Magi,_Artur, lk 177
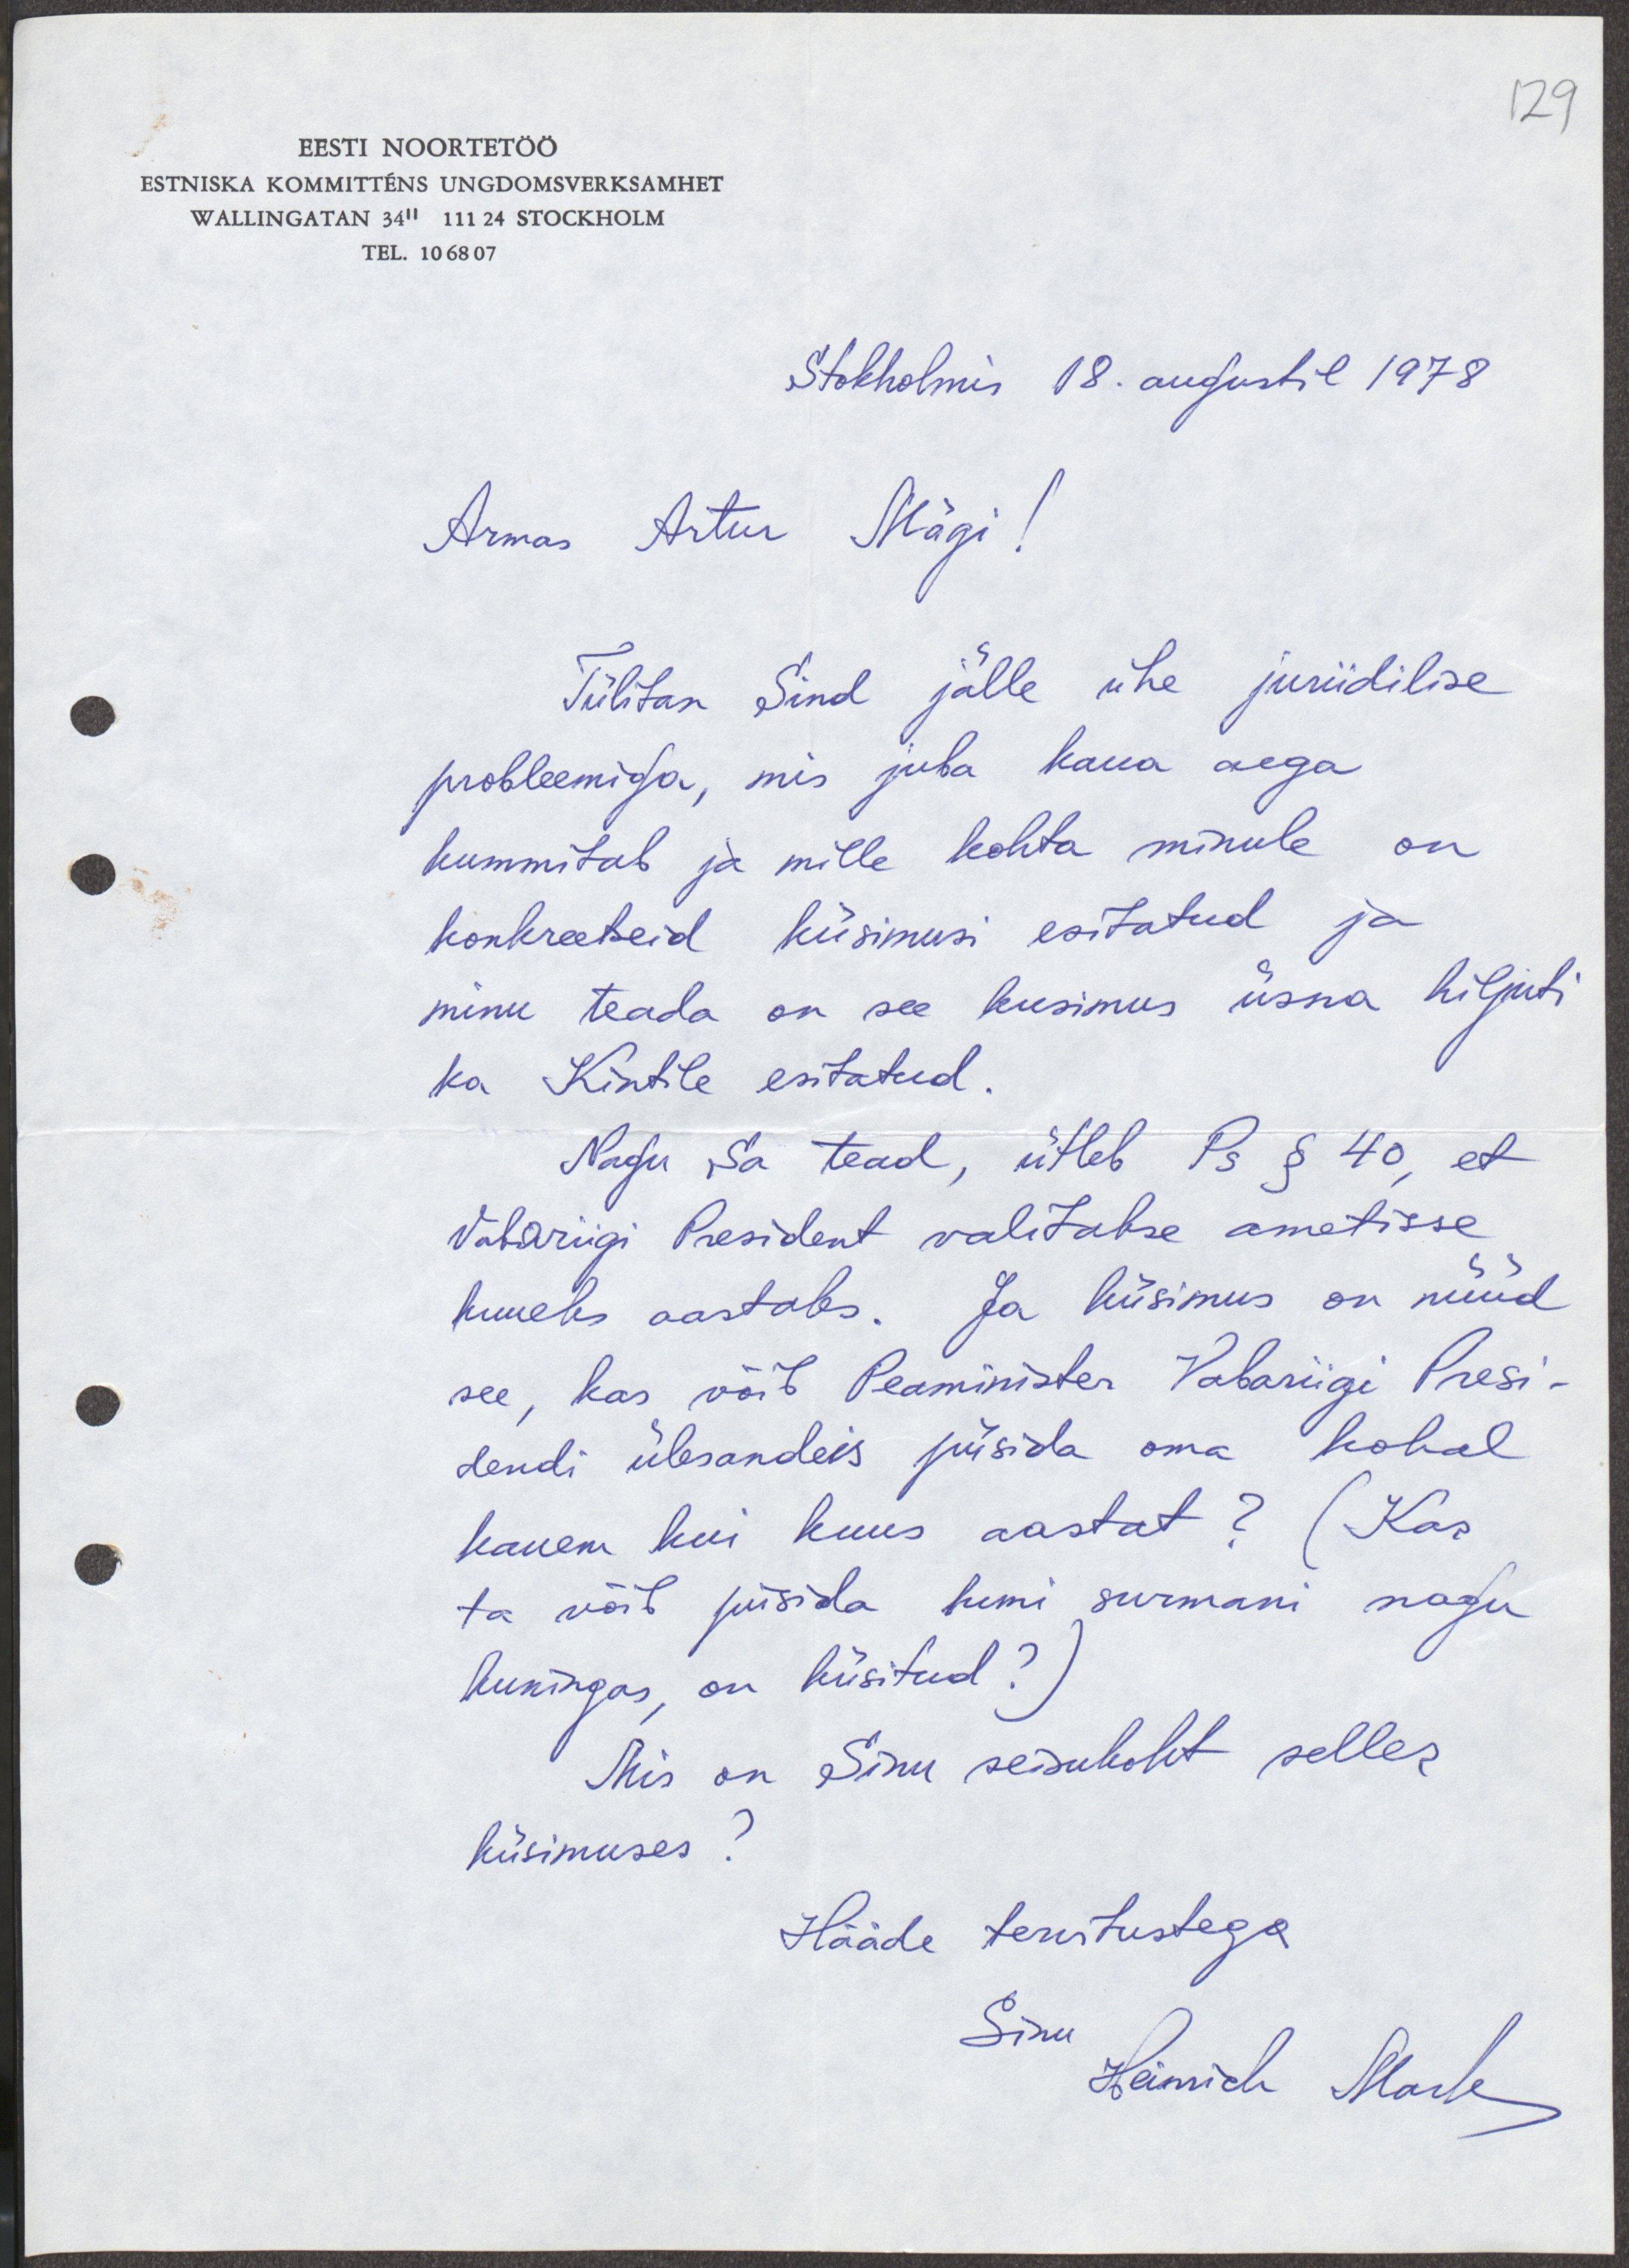
129
EESTI NOORTETÖÖ
ESTNISKA KOMMITTÉNS UNGDOMSVERKSAMHET
WALLINGATAN 34" 111 24 STOCKHOLM
TEL. 10 68 07
Stokholmis 18. augustil 1978.
Armas Artur Mägi!
Tülitan Sind jälle ühe juriidilise
probleemiga, mis juba kaua aega
kummitab ja mille kohta minule on
konkreetseid küsimusi esitatud ja
minu teada on see küsimus üsna hiljuti
ka Kintile esitatud.
Nagu Sa tead, ütleb Ps § 40, et
Vabariigi President valitakse ametisse
kuueks aastaks. Ja küsimus on nüüd
see, kas võib Peaminister Vabariigi Presi-
dendi ülesandeis püsida oma kohal
kauem kui kuus aastat? (Kas
ta võib püsida kuni surmani nagu
kuningas, on küsitud?)
Mis on Sinu seisukoht selles
küsimuses?
Hääde tervitustega
Sinu
Heinrich Mark